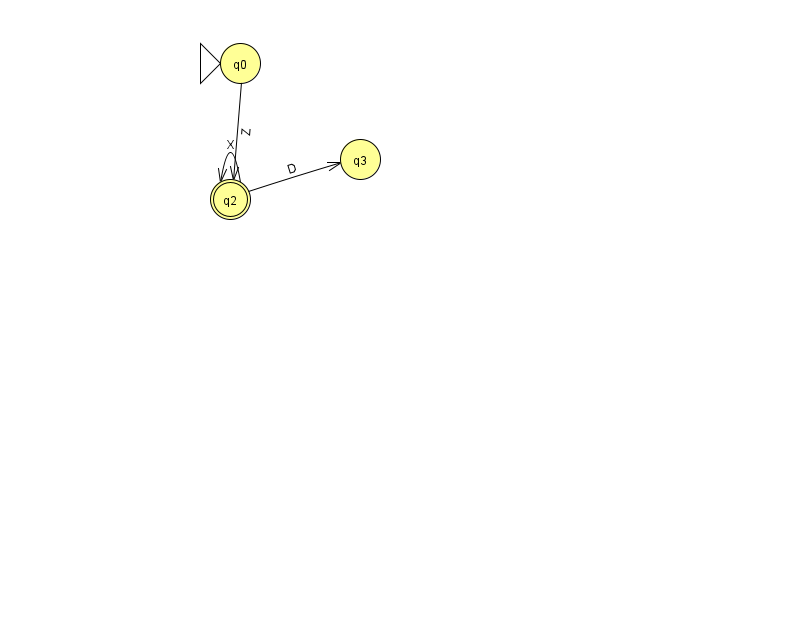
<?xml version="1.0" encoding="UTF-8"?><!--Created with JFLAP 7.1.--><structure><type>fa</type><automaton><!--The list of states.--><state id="0" name="q0"><x>240.0</x><y>50.0</y><initial/></state><state id="2" name="q2"><x>230.0</x><y>186.0</y><final/></state><state id="3" name="q3"><x>360.0</x><y>146.0</y></state><!--The list of transitions.--><transition><from>2</from><to>3</to><read>D</read></transition><transition><from>2</from><to>2</to><read>X</read></transition><transition><from>0</from><to>2</to><read>Z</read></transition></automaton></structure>